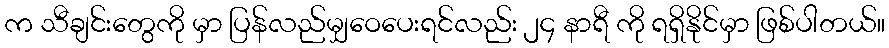
က သီချင်းတွေကို မှာ ပြန်လည်မျှဝေပေးရင်လည်း ၂၄ နာရီ ကို ရရှိနိုင်မှာ ဖြစ်ပါတယ်။